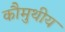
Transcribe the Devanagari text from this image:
कौमुथीय